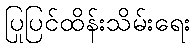
ပြုပြင်ထိန်းသိမ်းရေး